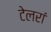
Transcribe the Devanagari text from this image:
टेलरां